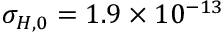
\sigma _ { H , 0 } = 1 . 9 \times 1 0 ^ { - 1 3 }